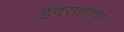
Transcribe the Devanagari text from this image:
ईदसणाचा